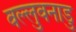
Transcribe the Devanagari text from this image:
वल्लुवनाडु